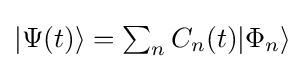
{\textstyle |\Psi (t)\rangle =\sum _{n}C_{n}(t)|\Phi _{n}\rangle }